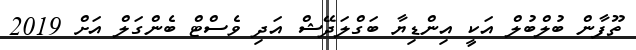
ތޫފާން ބުލްބުލް އަކީ އިންޑިޔާ ބަގްލަދޭޝް އަދި ވެސްޓް ބެންގަލް އަށް 2019